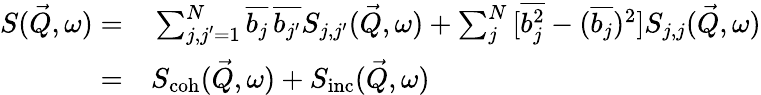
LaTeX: \begin{array}{rl}{S(\vec{Q},\omega)=}&{{}\sum_{\substack{j,j^{\prime}=1}}^{N}{\overline{{b_{j}}}\, \overline{{b_{j^{\prime}}}}}S_{j,j^{\prime}}(\vec{Q},\omega)+\sum_{j}^{N}{[\overline{{b_{j}^{2}}}-(\overline{{b_{j}}})^{2}]}S_{j,j}(\vec{Q},\omega)}\\ {=}&{{}S_{\mathrm{coh}}(\vec{Q},\omega)+S_{\mathrm{inc}}(\vec{Q},\omega)}\end{array}